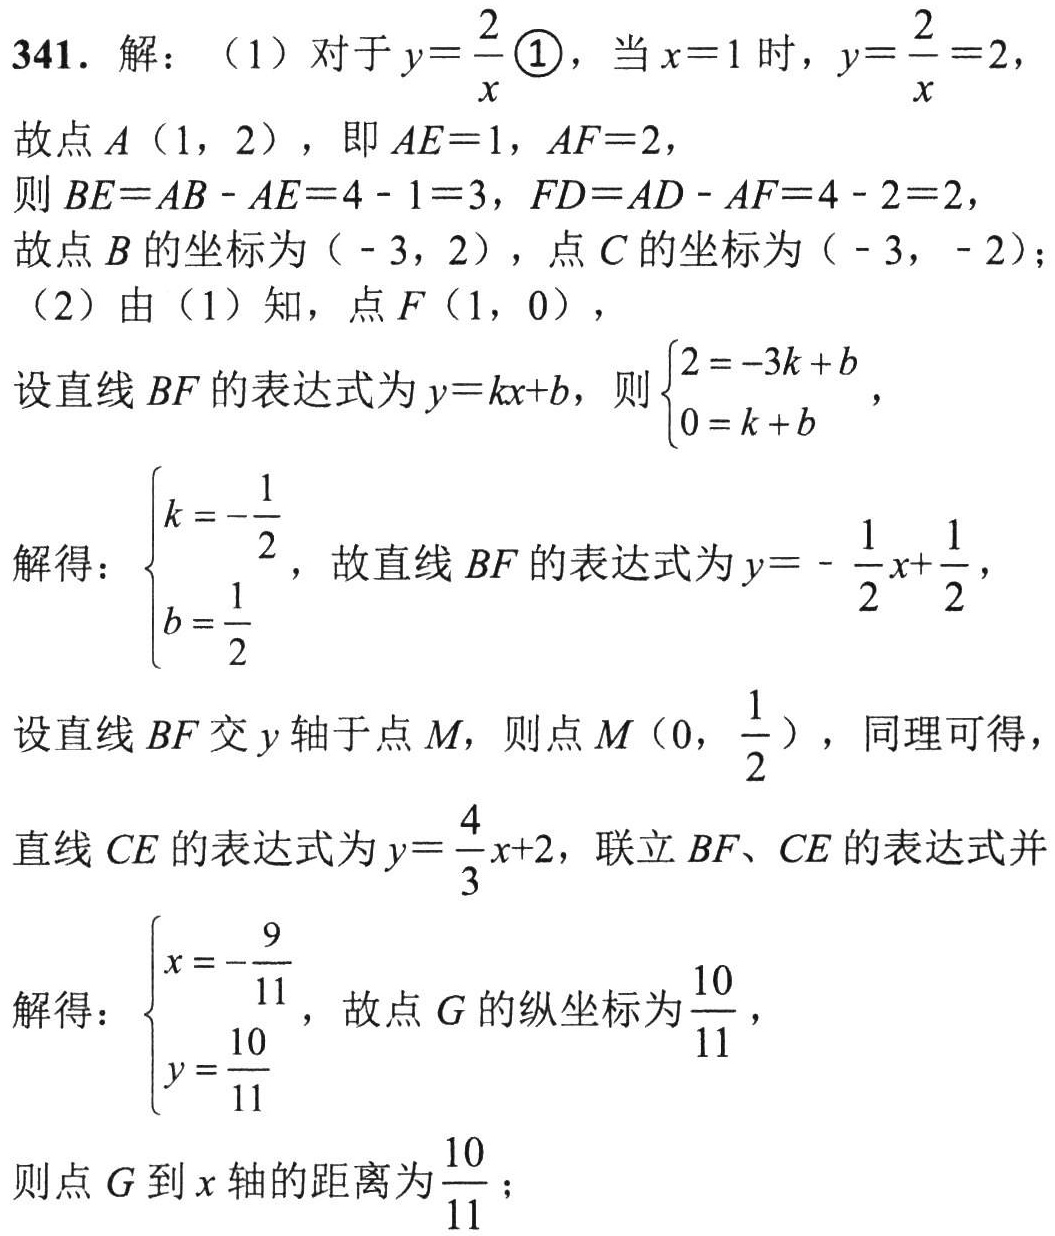
341. 解：（1）对于\(y = \frac{2}{x}\textcircled{1}\)，当\(x = 1\)时，\(y=\frac{2}{x}=2\)，
故点\(A(1,2)\)，即\(AE = 1\)，\(AF = 2\)，
则\(BE=AB - AE = 4 - 1 = 3\)，\(FD=AD - AF = 4 - 2 = 2\)，
故点\(B\)的坐标为\(( - 3,2)\)，点\(C\)的坐标为\(( - 3, - 2)\)；
（2）由（1）知，点\(F(1,0)\)，
设直线\(BF\)的表达式为\(y = kx + b\)，则\(\begin{cases}2=-3k + b\\0=k + b\end{cases}\)，
解得：\(\begin{cases}k = -\frac{1}{2}\\b=\frac{1}{2}\end{cases}\)，故直线\(BF\)的表达式为\(y = -\frac{1}{2}x+\frac{1}{2}\)，
设直线\(BF\)交\(y\)轴于点\(M\)，则点\(M(0,\frac{1}{2})\)，同理可得，
直线\(CE\)的表达式为\(y=\frac{4}{3}x + 2\)，联立\(BF\)、\(CE\)的表达式并
解得：\(\begin{cases}x = -\frac{9}{11}\\y=\frac{10}{11}\end{cases}\)，故点\(G\)的纵坐标为\(\frac{10}{11}\)，
则点\(G\)到\(x\)轴的距离为\(\frac{10}{11}\)；